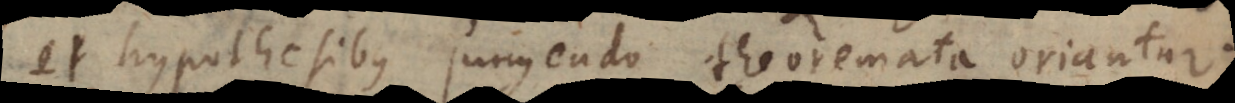
et hypothesibus jungendo theoremata oriantur.